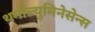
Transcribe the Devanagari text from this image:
थर्मोल्युमिनेसेन्स